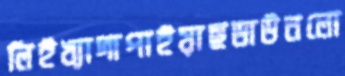
লিইখ্যাদাপাইয়াছডাউনলো